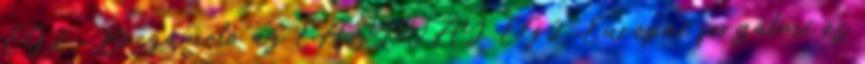
EG2 „ Beszámoló az EASYWAY EG2 „Európai forgalmi és